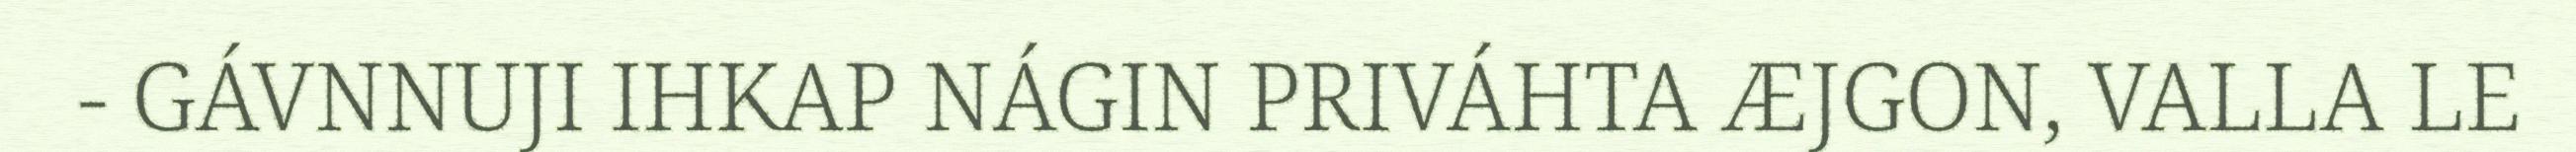
- GÁVNNUJI IHKAP NÁGIN PRIVÁHTA ÆJGON, VALLA LE